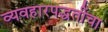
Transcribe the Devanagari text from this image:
व्यवहारपद्धतींचा